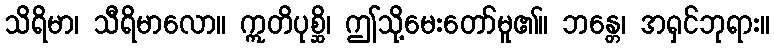
သိရိမာ၊ သီရိမာလော။ ဣတိပုစ္ဆိ၊ ဤသို့မေးတော်မူ၏။ ဘန္တေ၊ အရှင်ဘုရား။